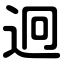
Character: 迥